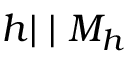
h | \mid M _ { h }